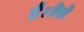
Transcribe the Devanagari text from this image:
है।ऐसे